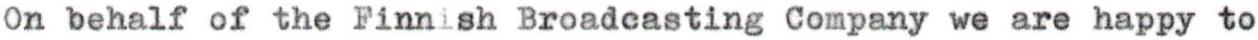
On behalf of the Finnish Broadcasting Company we are happy to